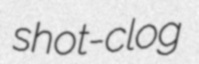
shot-clog